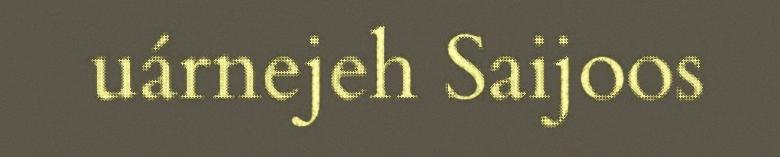
uárnejeh Saijoos